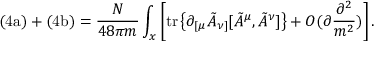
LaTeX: \mathrm { ( 4 a ) } + \mathrm { ( 4 b ) } = \frac { N } { 4 8 \pi m } \int _ { x } \left[ \mathrm { t r } \left\{ \partial _ { [ \mu } \tilde { A } _ { \nu ] } [ \tilde { A } ^ { \mu } , \tilde { A } ^ { \nu } ] \right\} + O ( \partial \frac { \partial ^ { 2 } } { m ^ { 2 } } ) \right] .